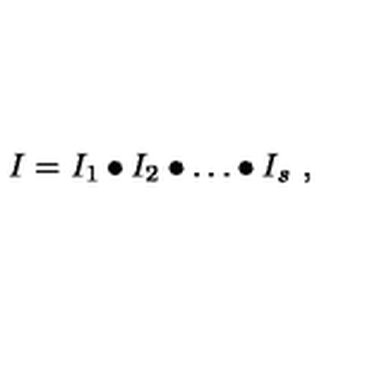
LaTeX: I = I _ { 1 } \bullet I _ { 2 } \bullet \dots \bullet I _ { s } \ ,